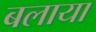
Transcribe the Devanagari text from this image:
बलाया